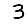
Digit: 3